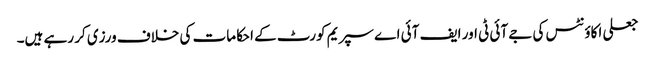
جعلی اکاؤنٹس کی جے آئی ٹی اور ایف آئی اے سپریم کورٹ کے احکامات کی خلاف ورزی کر رہے ہیں۔